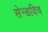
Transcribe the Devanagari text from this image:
सेन्डविच